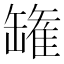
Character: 𮉸